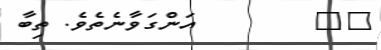
٢٧        އަންގަވާނެތެވެ. ތިބާ